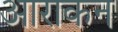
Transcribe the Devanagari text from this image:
आराकन